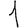
Digit: 1